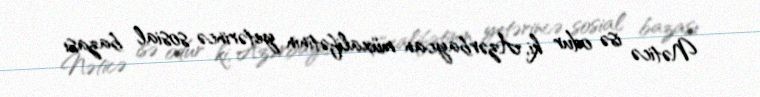
Nəticə isə odur ki, Azərbaycan müxalifətinin yetərincə sosial bazası